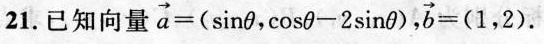
21.已知向量$$\overrightarrow { a } = ( \sin θ , \cos θ - 2 \sin θ )$$， $$\overrightarrow { b } = ( 1 , 2 )$$.